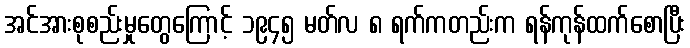
အင်အားစုစည်းမှုတွေကြောင့် ၁၉၄၅ မတ်လ ၈ ရက်ကတည်းက ရန်ကုန်ထက်စောပြီး